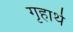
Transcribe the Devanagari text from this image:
गृहार्थ